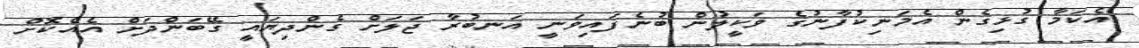
އެކަމާ ގުޅިގެން އެމަނިކުފާނުގެ ވަކީލުން ބުނެފައިވަނީ އަނބުރާ ޖަލަށް ގެންދިޔައީ ގޭބަންދަށް އެއްކޮށް